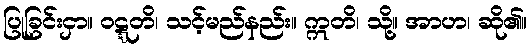
ပြုခြင်းငှာ။ ဝဋ္ဋတိ၊ သင့်မည်နည်း။ ဣတိ၊ သို့။ အာဟ၊ ဆို၏။